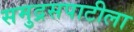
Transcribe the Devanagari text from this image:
समुद्रसपाटीला